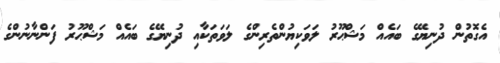
އެގޮތުން ދުނިޔޭގެ ބައެއް މަޝްޙޫރު ލަވަކިޔުންތެރިންގެ ލަވަތަކާއި ދުނިޔޭގެ ބައެއް މަޝްޙޫރު ފަންނާނުންގެ